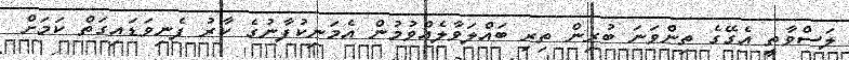
ލަސްވާތީ އެގޭގެ ތިންވަނަ ބުރިން ތިރި ބައްލަވާލެއްވުމުން އެމަނިކުފާނުގެ ކާރު ފެނިވަޑައިގަތް ކަމަށް